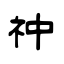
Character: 祌